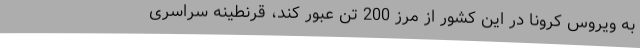
به ویروس کرونا در این کشور از مرز 200 تن عبور کند، قرنطینه سراسری